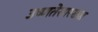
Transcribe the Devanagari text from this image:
उष्णतेसारख्या